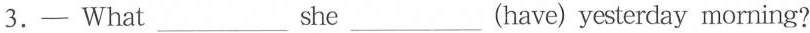
3.— What___she___ (have) yesterday morning?